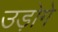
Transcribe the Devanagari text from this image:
उड़ोगे